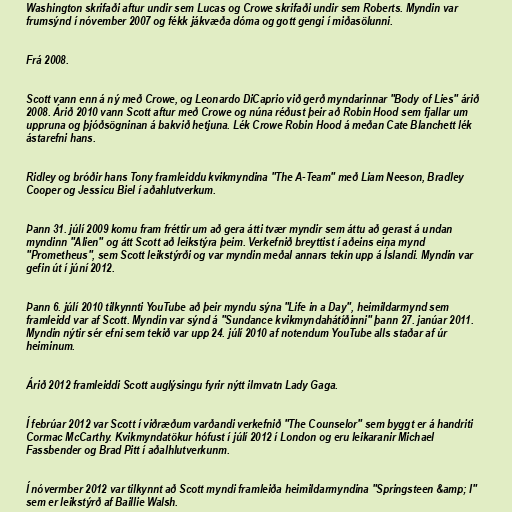
Washington skrifaði aftur undir sem Lucas og Crowe skrifaði undir sem Roberts. Myndin var
frumsýnd í nóvember 2007 og fékk jákvæða dóma og gott gengi í miðasölunni.

Frá 2008.

Scott vann enn á ný með Crowe, og Leonardo DiCaprio við gerð myndarinnar "Body of Lies" árið
2008. Árið 2010 vann Scott aftur með Crowe og núna réðust þeir að Robin Hood sem fjallar um
uppruna og þjóðsögninan á bakvið hetjuna. Lék Crowe Robin Hood á meðan Cate Blanchett lék
ástarefni hans.

Ridley og bróðir hans Tony framleiddu kvikmyndina "The A-Team" með Liam Neeson, Bradley
Cooper og Jessicu Biel í aðahlutverkum.

Þann 31. júlí 2009 komu fram fréttir um að gera átti tvær myndir sem áttu að gerast á undan
myndinn "Alien" og átt Scott að leikstýra þeim. Verkefnið breyttist í aðeins eina mynd
"Prometheus", sem Scott leikstýrði og var myndin meðal annars tekin upp á Íslandi. Myndin var
gefin út í júní 2012.

Þann 6. júlí 2010 tilkynnti YouTube að þeir myndu sýna "Life in a Day", heimildarmynd sem
framleidd var af Scott. Myndin var sýnd á "Sundance kvikmyndahátíðinni" þann 27. janúar 2011.
Myndin nýtir sér efni sem tekið var upp 24. júlí 2010 af notendum YouTube alls staðar af úr
heiminum.

Árið 2012 framleiddi Scott auglýsingu fyrir nýtt ilmvatn Lady Gaga.

Í febrúar 2012 var Scott í viðræðum varðandi verkefnið "The Counselor" sem byggt er á handriti
Cormac McCarthy. Kvikmyndatökur hófust í júlí 2012 í London og eru leikaranir Michael
Fassbender og Brad Pitt í aðalhlutverkunm.

Í nóvermber 2012 var tilkynnt að Scott myndi framleiða heimildarmyndina "Springsteen &amp; I"
sem er leikstýrð af Baillie Walsh.